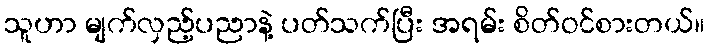
သူဟာ မျက်လှည့်ပညာနဲ့ ပတ်သက်ပြီး အရမ်း စိတ်ဝင်စားတယ်။